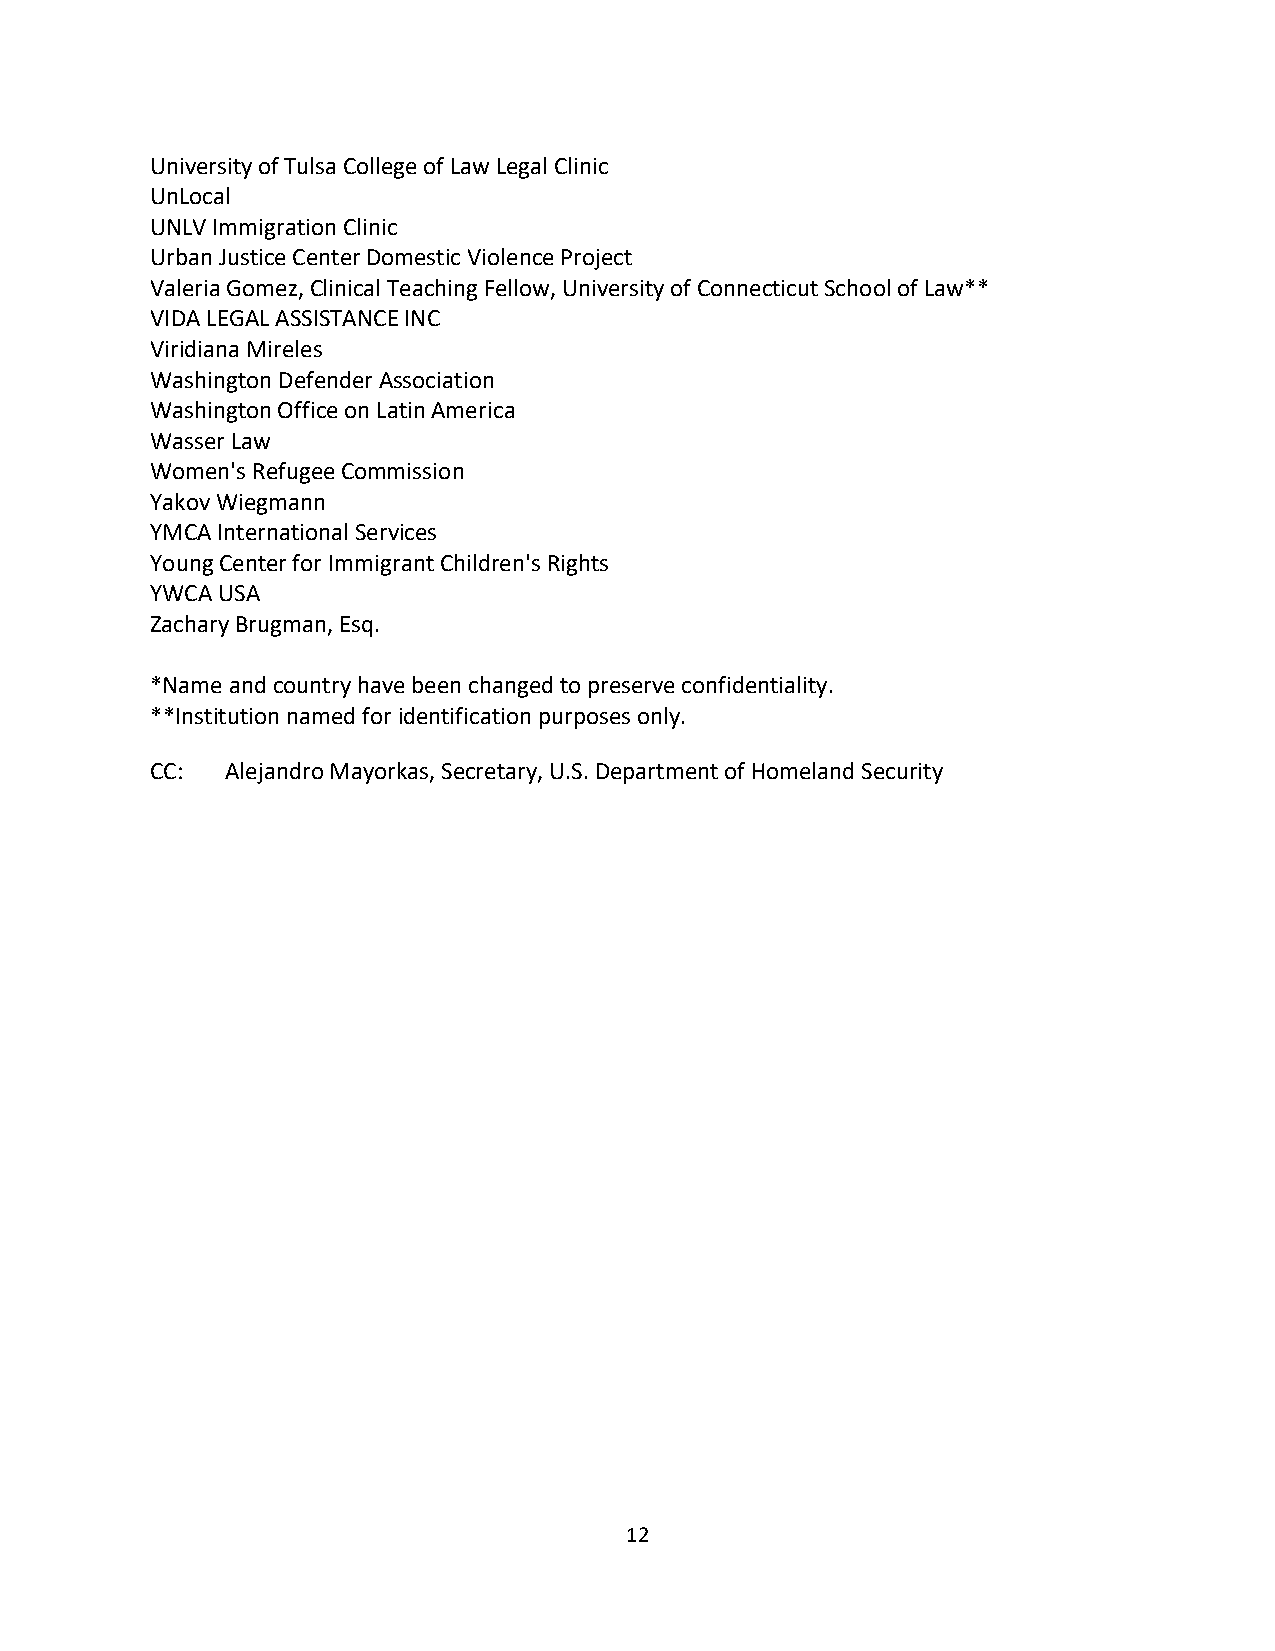
University of Tulsa College of Law Legal Clinic
 UnLocal
 UNLV Immigration Clinic
 Urban Justice Center Domestic Violence Project
 Valeria Gomez, Clinical Teaching Fellow, University of Connecticut School of Law**
 VIDA LEGAL ASSISTANCE INC
 Viridiana Mireles
 Washington Defender Association
 Washington Office on Latin America
 Wasser Law
 Women's Refugee Commission
 Yakov Wiegmann
 YMCA International Services
 Young Center for Immigrant Children's Rights
 YWCA USA
 Zachary Brugman, Esq.
 *Name and country have been changed to preserve confidentiality.
 **Institution named for identification purposes only.
 CC:  Alejandro Mayorkas, Secretary, U.S. Department of Homeland Security
 12